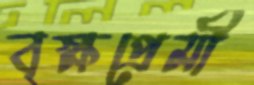
বৃক্ষপ্রেমী